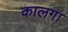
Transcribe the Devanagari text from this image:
कालगा